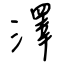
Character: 澤